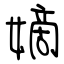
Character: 嫡